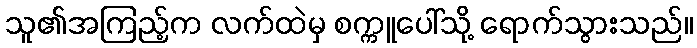
သူ၏အကြည့်က လက်ထဲမှ စက္ကူပေါ်သို့ ရောက်သွားသည်။